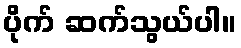
ပိုက် ဆက်သွယ်ပါ။